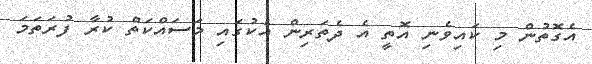
އެގޮތުން މި ކައިވެނި އޮތީ އެ ދެތަރިން އެކުގައި މަސައްކަތް ކުރާ ފުރަތަމަ